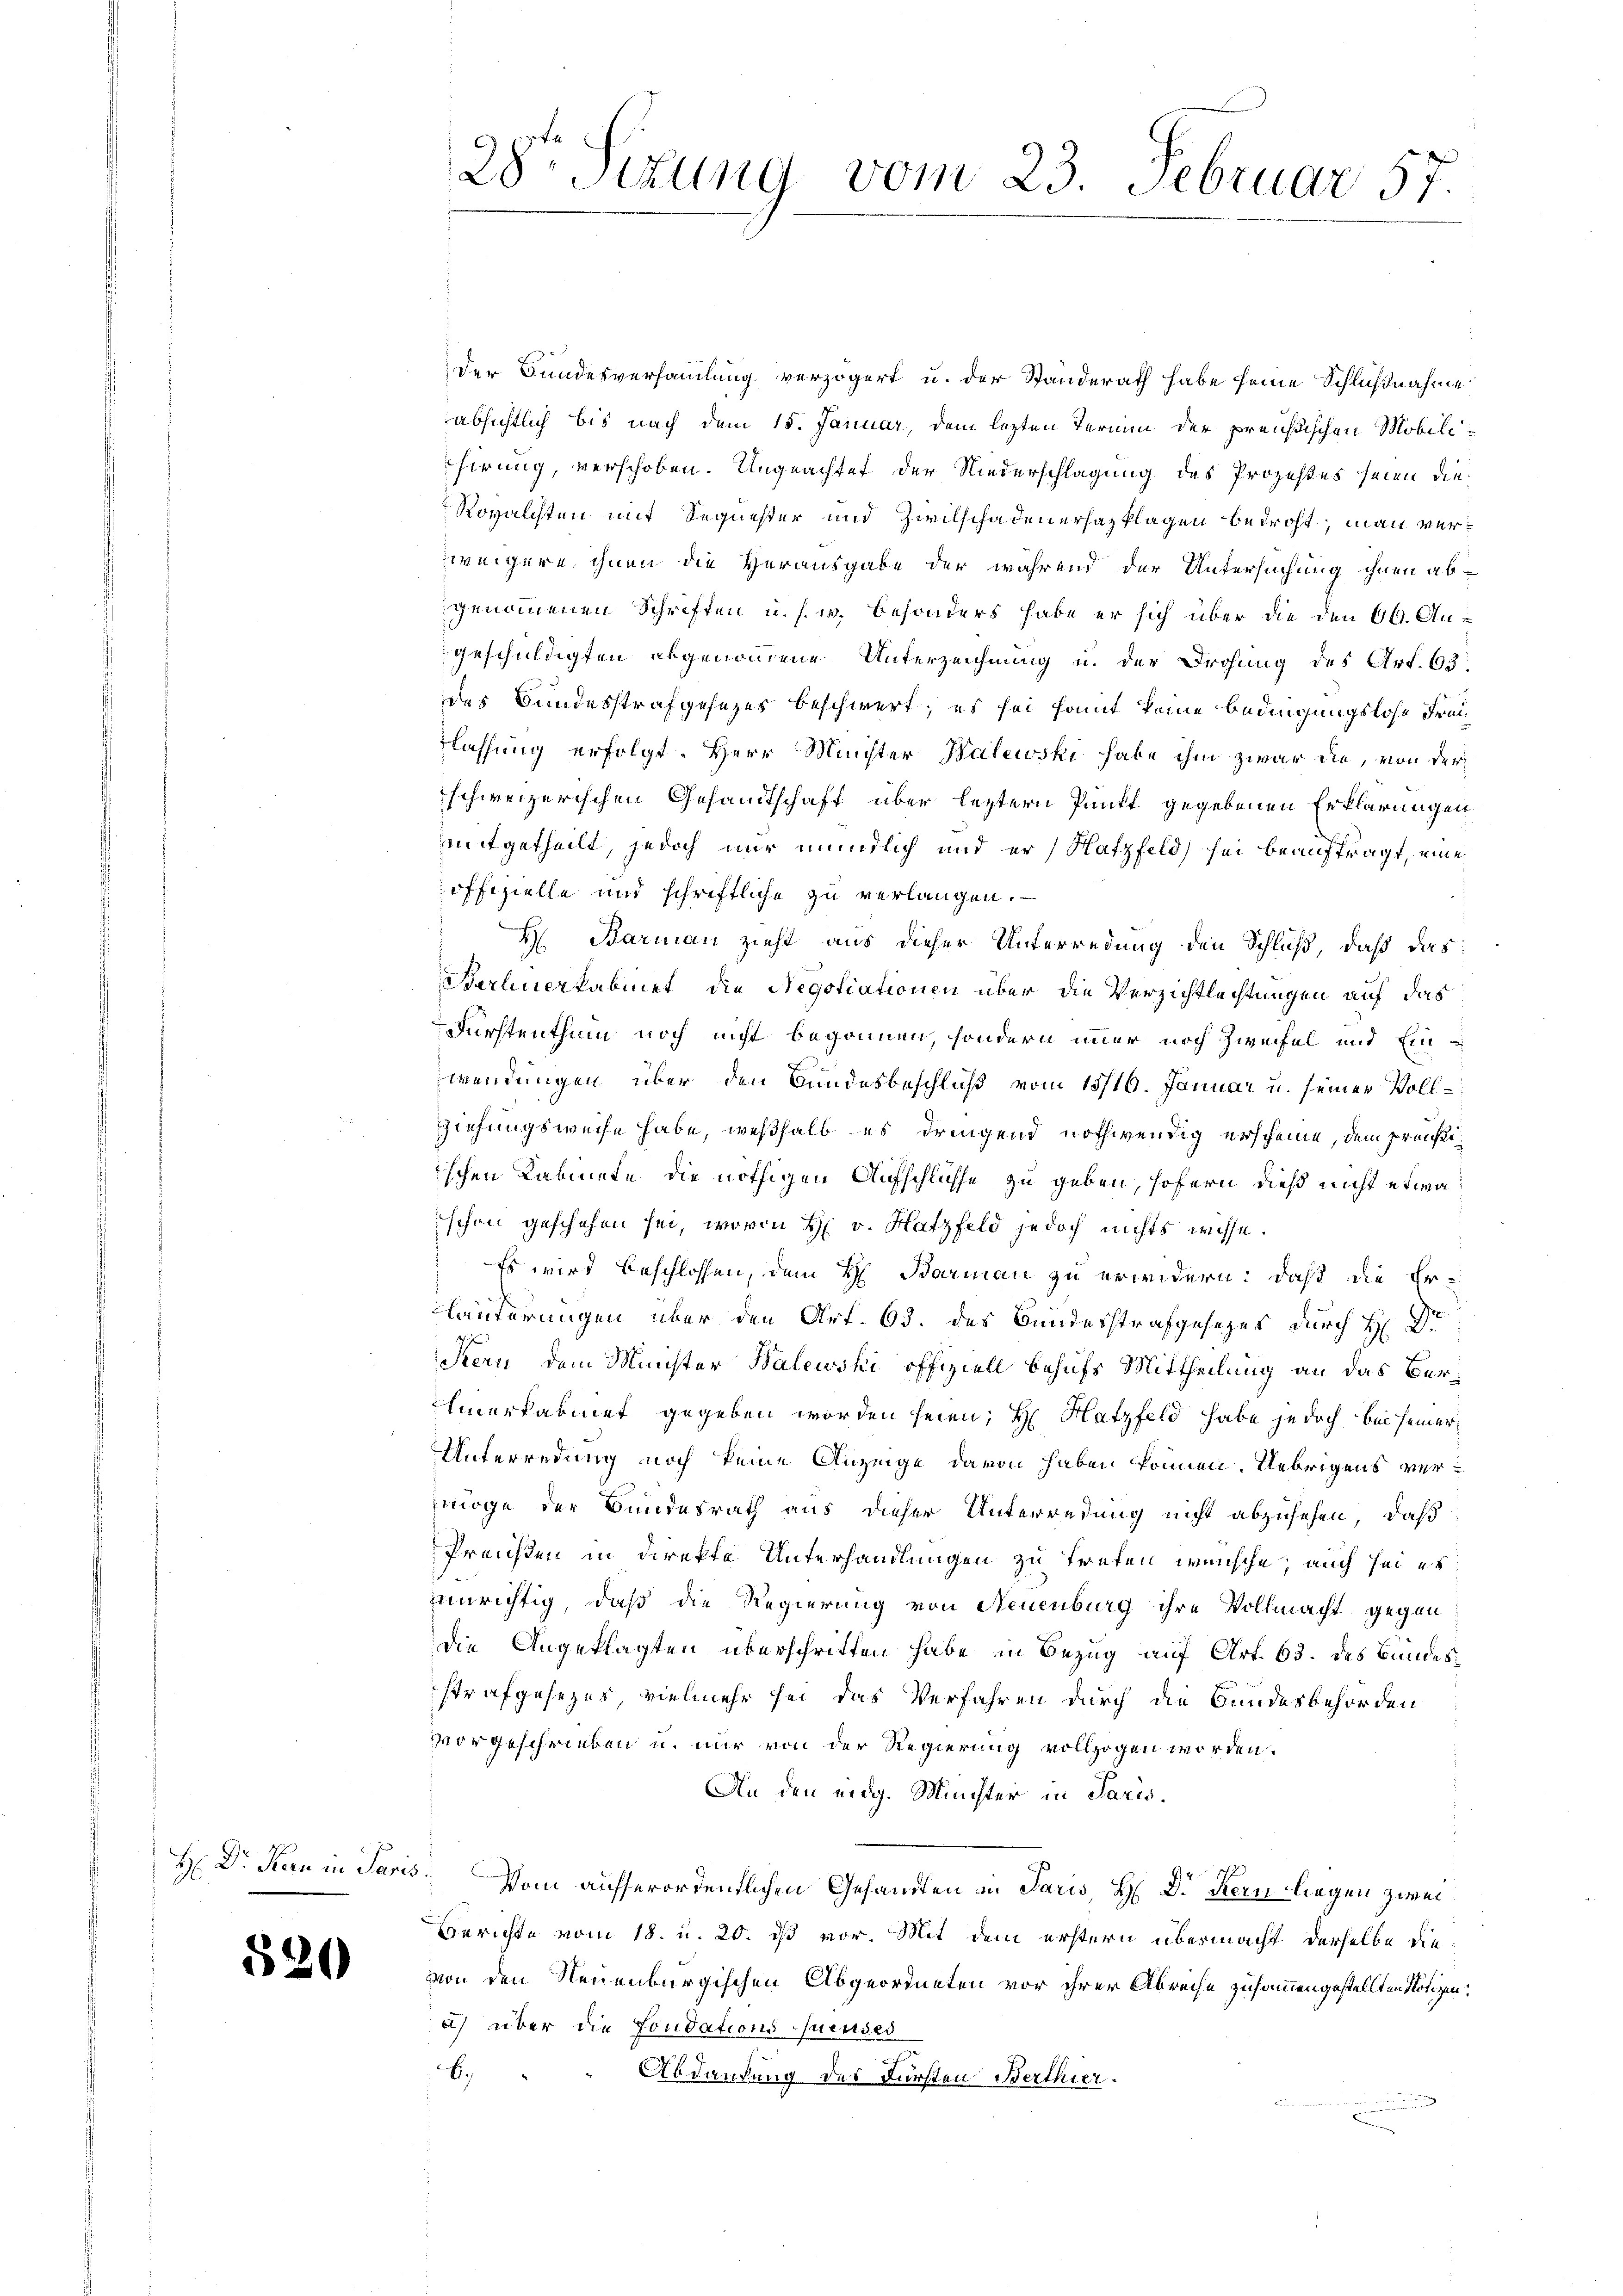
H: Dr. Kern in Pari

520

28te Sitzung vom 23. Februar 57

der Bundesversammlung verzögert u. der Standerath habe seine Schlußnahme
absichtlich bis nach dem 15. Januar, dem lezten Termin der preußischen Mobilisirung, verschoben. Ungeachtet der Niederschlagung des Prozestes seien die
Royalchten mit Sequester und Zwilschadenerhazklagen bedroht, man verweigere ihnen die Herausgabe der während der Untersuchung ihnen ab-
genommenen Schriften u. s. w. besonders habe er sich über die den 66. Augeschuldigten abgenommene Unterzeichnung u. der Drohung des Art. 63.
des Bundesstrafgesezes beschwert, es sei samt keine Bedingungslose Freiflassung erfolgt. Herr Minister Walewski habe ihm zwar die, von derschweizerischen Gesandtschaft über leztern Punkt gegebenen Erklärungen
mitgetheilt, jedoch nur mündlich und er, Hatzfeld) sei beauftragt, eine
offizielle und schriftliche zu verlangen.
H. Barmann zieht aus dieser Unterredung den Schluß, daß das
derlinerkabinet die Negotiationen über die Verzichtlechtungen auf das
Fürstenthum noch nicht begonnen, sondern immer noch Zweifel und Einwendungen über den Bundesbeschluß vom 13/16. Januar u. seiner Vollziehungsweise habe, weßhalb es dringend nothwendig erscheine, dem preußiischen Kabinete die nöthigen Aufschlüsse zu geben, sofern dieß nicht etwa
schon geschehen sei, worin H. v. Hatzfeld jedoch nichts wisse.
Es wird beschlossen, dem H. Barmann zu erwidern: daß die Er-
läuterungen über den Art. 63. des Bundesstrafgesezes durch H: Dr
Stern dem Müster Walewski offiziell behufs Mittheilung an das Ber¬
Emerkabinet gegeben worden seien; H. Hatzfeld habe jedoch bei seiner
Unterredung noch keine Anzeige davon haben können. Uebrigens vermöge der Bundesrath aus dieser Unterredung nicht abzusehen, daß
Preisten in Direkte Unterhandlungen zu treten wünsche; auch sei er
Einrichtig, daß die Regierung von Neuenburg ihre Vollmacht gegen
Die Angeklagten überschritten habe in Bezug auf Art. 63. des Bundesstrafgesezes vielmehr sei das Verfahren durch die Bundesbehörden
vorgeschrieben u. nur von der Regierung vollzogen worden.
An den eidg. Münster in Paris.
5. Vom aufserordentlichen Gesandten in Paris, H. D. Kern liegen zwei¬
Berichte vom 18. u. 20. ds vor. Mit dem erstern übermacht derselbe die
von den Neuenburgischen Abgeordneten vor ihrer Abreche zusammengestellten Notizen.
) über die Fondations Quisses
B.
Abdankung des Fürsten Berthier.